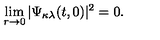
\lim _ { r \rightarrow 0 } | \Psi _ { \kappa \lambda } ( t , 0 ) | ^ { 2 } = 0 .